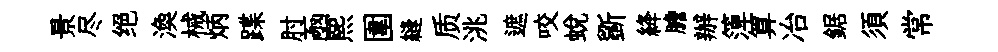
景尽绝渙械炳蹀肘凾煕圍縫质洮遮咬蛻斵絳膽辦𥱼算冶鋸須常